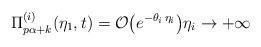
LaTeX: \begin{align*} \Pi_{p \alpha +k}^{(i)}(\eta_1,t) = \mathcal{O}\big(e^{- \theta_i\, \eta_i}\big) \eta_i \to +\infty\end{align*}